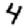
Digit: 4